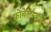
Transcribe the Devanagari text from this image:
फ्रोबेलस्कूल